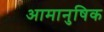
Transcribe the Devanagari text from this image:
आमानुषिक